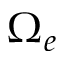
\Omega _ { e }